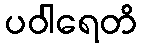
ပဝါရေတိ